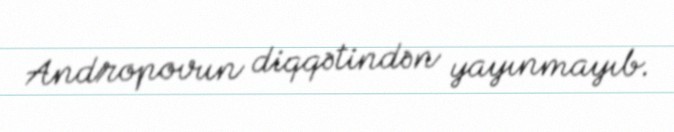
Andropovun diqqətindən yayınmayıb.